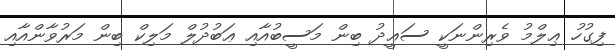
ފިގުހު ޢިލްމު ވެރިންނަކީ ސަޢީދު ބިން މަސީބުއާއި ޢަބުދުލް މަލިކް ބިން މަރުވާންއާއި